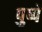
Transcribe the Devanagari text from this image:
पुष्पे